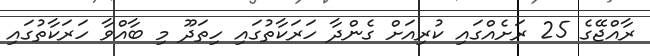
ރާއްޖޭގެ 25 ރަށެއްގައި ކުރިއަށް ގެންދާ ހަރަކާތުގައި ހިތަދޫ މި ބާއްވާ ހަރަކާތުގައި